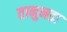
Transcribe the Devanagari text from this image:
तानुनडा